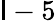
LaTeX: \mathsf{l}-5